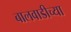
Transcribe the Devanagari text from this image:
बालवाडीच्या